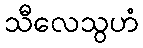
သီလေသွဟံ